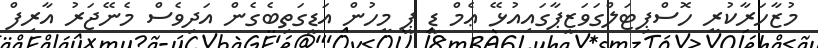
މުޒާހަރާކުރީ ހޮސްޕިޓަލްގަވަޒީޕާގައިއުޅޭ ޢެމް ޑީ ޕީ މީހުން އަޑީގަތިބެގެން އަދިވެސް މެނޭޖަރު އާރިފް